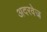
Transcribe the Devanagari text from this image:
अदरवेज